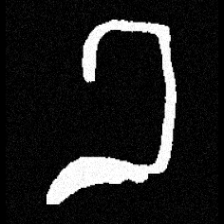
Pyu character \u2014 Myanmar letter: ခ (romanized: kha)